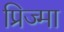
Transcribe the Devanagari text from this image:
प्रिज्मा